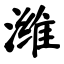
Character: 潍